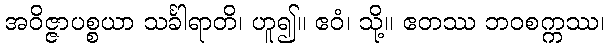
အဝိဇ္ဇာပစ္စယာ သင်္ခါရာတိ၊ ဟူ၍။ ဧဝံ၊ သို့။ ဧတဿ ဘဝစက္ကဿ၊